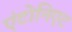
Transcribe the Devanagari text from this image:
एंटोनिएट